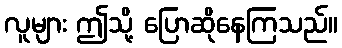
လူများ ဤသို့ ပြောဆိုနေကြသည်။